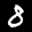
Label: 8